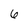
Character: 6